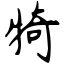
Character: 犄